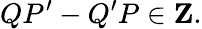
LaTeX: QP^{\prime}-Q^{\prime}P\in{\mathbf Z}.